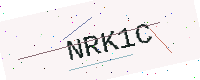
Text: NRK1C